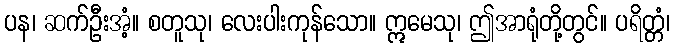
ပန၊ ဆက်ဦးအံ့။ စတူသု၊ လေးပါးကုန်သော။ ဣမေသု၊ ဤအာရုံတို့တွင်။ ပရိတ္တံ၊